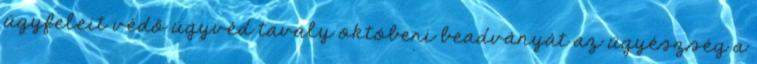
ügyfeleit védő ügyvéd tavaly októberi beadványát az ügyészség a